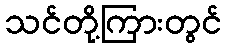
သင်တို့ကြားတွင်